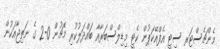
މެންޗެސްޓަރ ސިޓީ އެފްއޭކަޕުން ކެޓީ މިޑިލްސްބަރާއާ ބައްދަލުކުރި މެޗުން 0-2 ގެ ނަތިޖާއަކުން